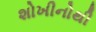
શોખીનોથી